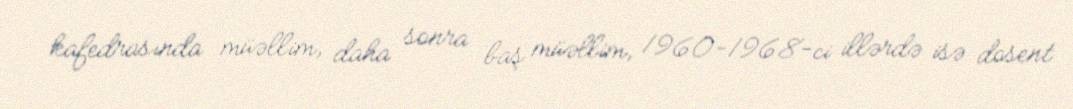
kafedrasında müəllim, daha sonra baş müəllim, 1960-1968-ci illərdə isə dosent